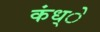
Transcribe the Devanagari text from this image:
कंध्े